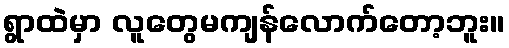
ရွာထဲမှာ လူတွေမကျန်လောက်တော့ဘူး။